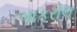
બાકરોલ